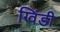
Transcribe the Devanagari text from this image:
ग्विंडी